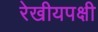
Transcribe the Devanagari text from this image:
रेखीयपक्षी